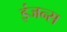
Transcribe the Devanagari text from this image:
इंजन्स